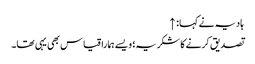
ہادیہ نے کہا: ↑
تصدیق کرنے کا شکریہ؛ ویسے ہمارا قیاس بھی یہی تھا۔